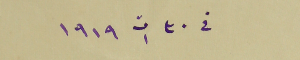
فى ٣٠ ت١ ١٩١٩